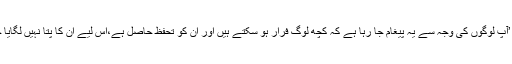
بنچ نے کہا،’آپ لوگوں کی وجہ سے یہ پیغام جا رہا ہے کہ کچھ لوگ فرار ہو سکتے ہیں اور ان کو تحفظ حاصل ہے،اس لیے ان کا پتا نہیں لگایا جا سکتا ہے۔